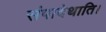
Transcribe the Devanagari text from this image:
संपादेथाति।